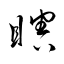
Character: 瞎